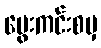
မွေးကင်းစမှ